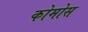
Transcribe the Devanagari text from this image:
कोमोस